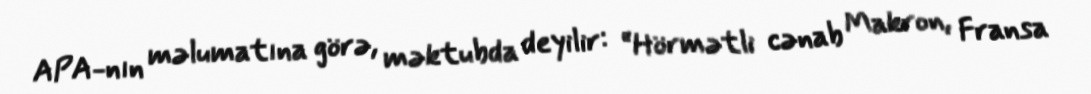
APA-nın məlumatına görə, məktubda deyilir: “Hörmətli cənab Makron, Fransa